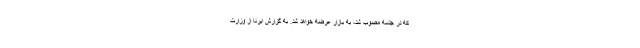
که در جلسه مصوب شد، به بازار عرضه خواهد شد. به گزارش ایرنا از وزارت